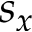
s _ { x }